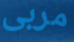
مربى